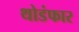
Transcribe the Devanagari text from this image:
थोडंफार